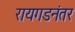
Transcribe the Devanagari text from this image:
रायगडनंतर